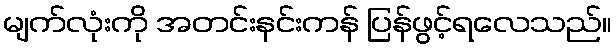
မျက်လုံးကို အတင်းနင်းကန် ပြန်ဖွင့်ရလေသည်။